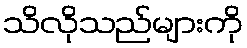
သိလိုသည်များကို